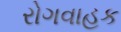
રોગવાહક